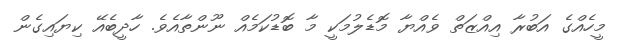
މީހެއްގެ އަބުރާ އިއްޒަތް ވެއްޔާ މޮޑެލުމަކީ މާ ބޮޑުކަމެއް ނޫންތާއެވެ. ހާދީބެއޭ ކިޔައިގެން